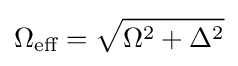
\Omega _{\text{eff}}={\sqrt {\Omega ^{2}+\Delta ^{2}}}